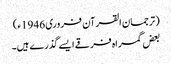
(ترجمان القرآن فروری 1946ء)
بعض گمراہ فرقے ایسے گذرے ہیں۔